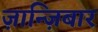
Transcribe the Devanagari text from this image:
ज़ान्ज़िबार